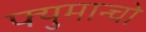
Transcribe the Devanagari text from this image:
फ्युमान्चो